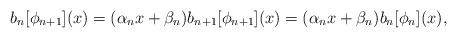
LaTeX: \begin{align*} b_n[\phi_{n+1}](x) = (\alpha_nx + \beta_n)b_{n+1}[\phi_{n+1}](x) = (\alpha_nx + \beta_n)b_{n}[\phi_{n}](x),\end{align*}